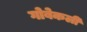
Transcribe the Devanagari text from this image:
गोबेकली